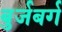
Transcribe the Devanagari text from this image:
बुर्जबर्ग